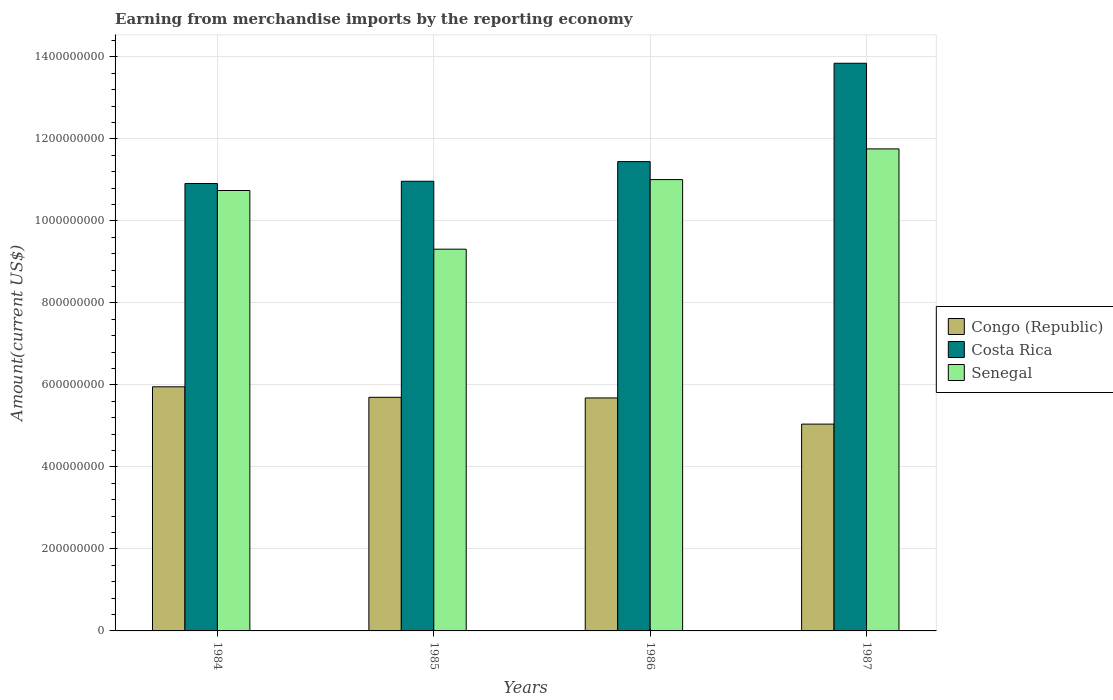
| Years | Congo (Republic) | Costa Rica | Senegal |
 | --- | --- | --- | --- |
 | 1984 | 5.95e+08 | 1.09e+09 | 1.07e+09 |
 | 1985 | 5.7e+08 | 1.1e+09 | 9.31e+08 |
 | 1986 | 5.68e+08 | 1.14e+09 | 1.1e+09 |
 | 1987 | 5.04e+08 | 1.38e+09 | 1.18e+09 |